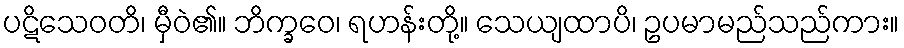
ပဋိသေဝတိ၊ မှီဝဲ၏။ ဘိက္ခဝေ၊ ရဟန်းတို့။ သေယျထာပိ၊ ဥပမာမည်သည်ကား။